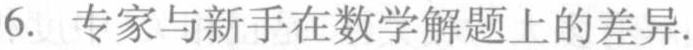
6. 专家与新手在数学解题上的差异.